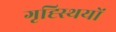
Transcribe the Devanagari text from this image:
गृह्स्थियों